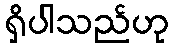
ရှိပါသည်ဟု